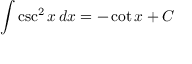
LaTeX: \int \csc ^ { 2 } { x } \, d x = - \cot { x } + C